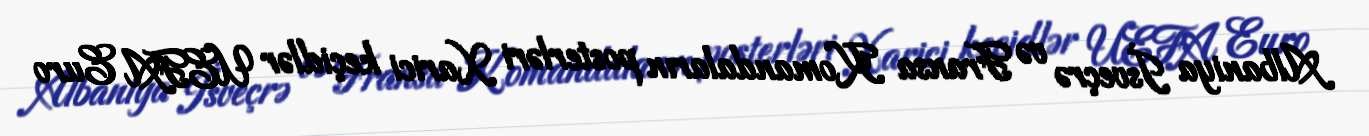
Albaniya İsveçrə və Fransa Komandaların posterləri Xarici keçidlər UEFA Euro